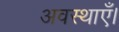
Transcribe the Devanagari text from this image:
अवस्थाएँ।